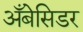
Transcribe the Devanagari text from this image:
अँबेसिडर